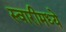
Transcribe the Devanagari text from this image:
स्वारीमध्ये